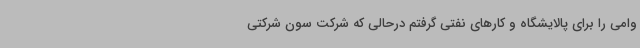
وامی را برای پالایشگاه و کارهای نفتی گرفتم درحالی که شرکت سون شرکتی